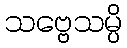
သဗ္ဗေသမ္ပိ